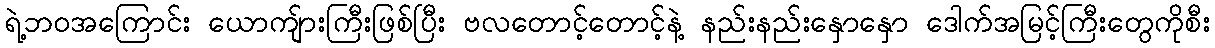
ရဲ့ဘဝအကြောင်း ယောကျ်ားကြီးဖြစ်ပြီး ဗလတောင့်တောင့်နဲ့ နည်းနည်းနှောနှော ဒေါက်အမြင့်ကြီးတွေကိုစီး